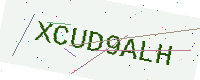
Text: XCUD9ALH